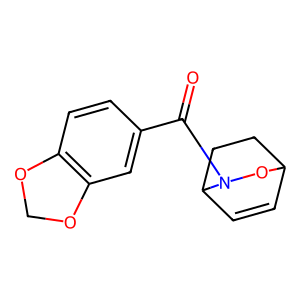
SMILES: O=C(c1ccc2c(c1)OCO2)N1OC2C=CC1CC2
Inhibits HIV replication: No